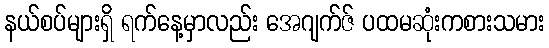
နယ်စပ်များရှိ ရက်နေ့မှာလည်း အေဂျက်ဇ် ပထမဆုံးကစားသမား